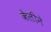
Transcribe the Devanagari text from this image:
केलीने